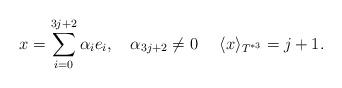
LaTeX: \begin{align*} x= \sum_{i=0}^{3j+2}\alpha_{i}e_{i},\quad\alpha_{3j+2}\neq 0\quad~\langle x\rangle_{T^{*3}}=j+1. \end{align*}